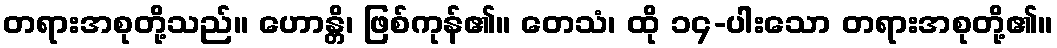
တရားအစုတို့သည်။ ဟောန္တိ၊ ဖြစ်ကုန်၏။ တေသံ၊ ထို ၁၄-ပါးသော တရားအစုတို့၏။